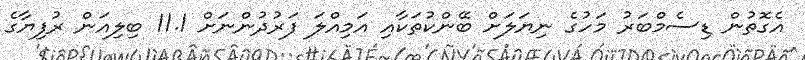
އެގޮތުން ޑިސެމްބަރު މަހުގެ ނިޔަލަށް ބޭންކުތަކާއި އަމިއްލަ ފަރުދުންނަށް 11.1 ބިލިއަން ރުފިޔާގެ